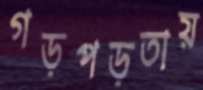
গড়পড়তায়